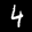
Label: 4